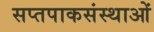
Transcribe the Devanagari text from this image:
सप्तपाकसंस्थाओं